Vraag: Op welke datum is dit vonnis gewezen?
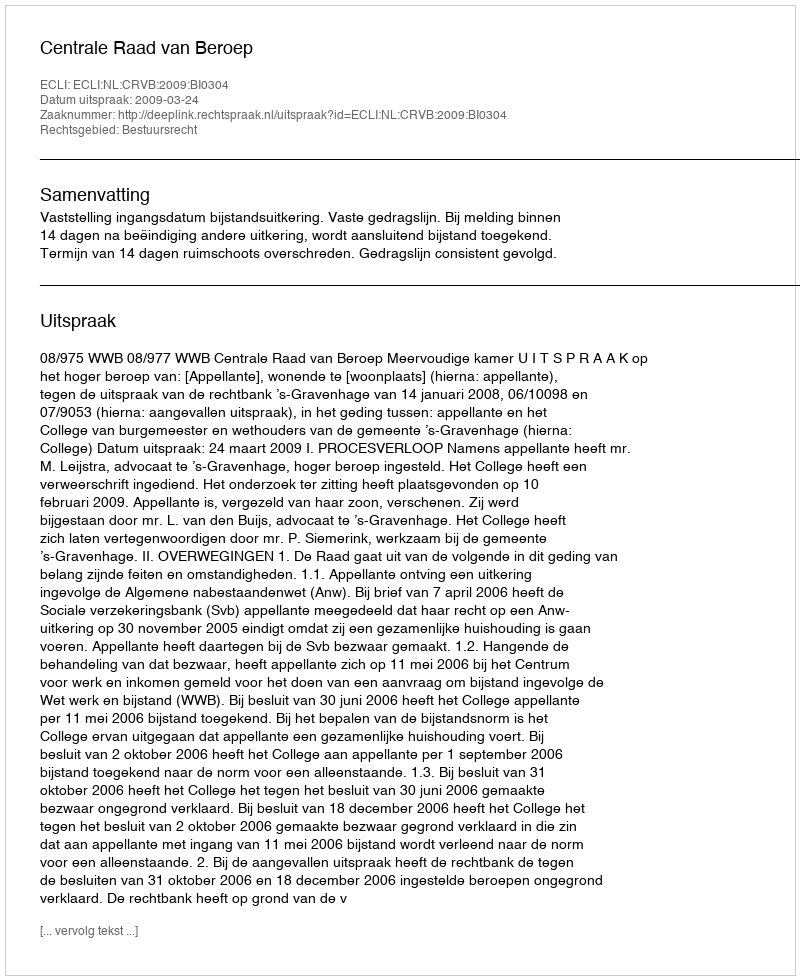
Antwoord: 2009-03-24